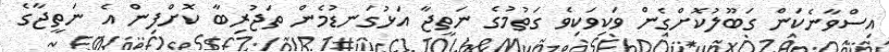
އިސްވާނެކަން ގަބޫލުކޮށްގެން ވަކިވަކިވެ ގަތުމުގެ ނަތީޖާ އަޅުގަނޑުމެން ތަޖުރިބާ ކޮށްފިން އެ ނަތީޖާގެ